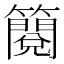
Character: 𮆬